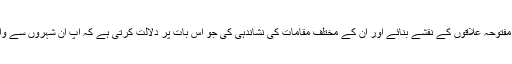
نیز منصب خلافت سنبھالنے کے بعد آپ رَضِیَ اللّٰہُ تَعَالٰی عَنْہ نے مختلف مفتوحہ علاقوں کے نقشے بنائے اور ان کے مختلف مقامات کی نشاندہی کی جو اس بات پر دلالت کرتی ہے کہ آپ ان شہروں سے واقف تھے اس کا ایک سبب ان علاقوں میں تجارتی سفر بھی ہوسکتے ہیں ۔